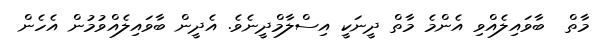
މާތް  ބާވައިލެއްވި އެންމެ މާތް ދީނަކީ އިސްލާމްދީނެވެ. އެދީން ބާވައިލެއްވުމުން އެހެން